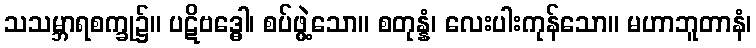
သသမ္ဘာရစက္ခု၌။ ပဋိဗဒ္ဓေါ၊ စပ်ဖွဲ့သော။ စတုန္နံ၊ လေးပါးကုန်သော။ မဟာဘူတာနံ၊